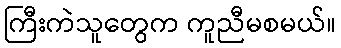
ကြီးကဲသူတွေက ကူညီမစမယ်။